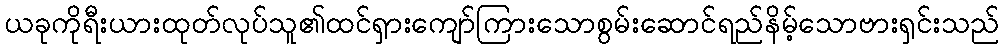
ယခုကိုရီးယားထုတ်လုပ်သူ၏ထင်ရှားကျော်ကြားသောစွမ်းဆောင်ရည်နိမ့်သောဗားရှင်းသည်